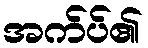
အက်ပ်၏